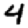
Digit: 4